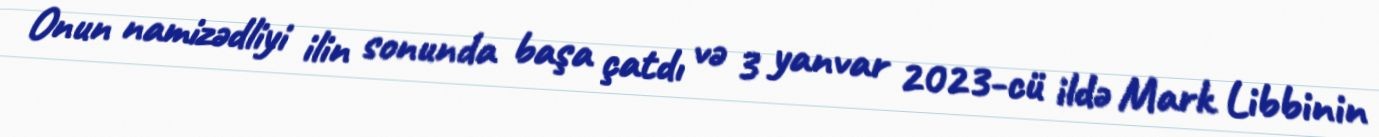
Onun namizədliyi ilin sonunda başa çatdı və 3 yanvar 2023-cü ildə Mark Libbinin